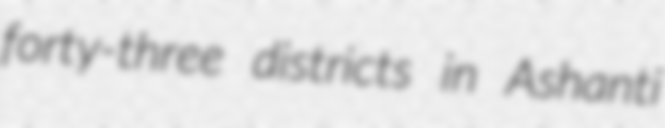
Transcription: forty-three districts in Ashanti